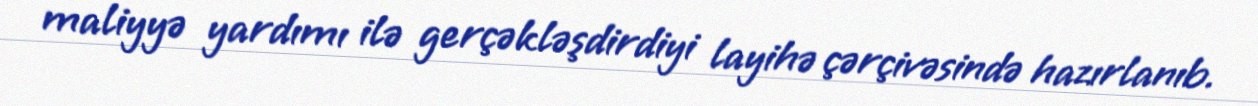
maliyyə yardımı ilə gerçəkləşdirdiyi layihə çərçivəsində hazırlanıb.